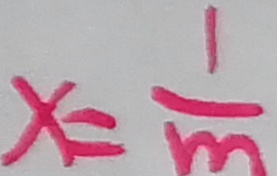
x = \frac { 1 } { m }